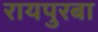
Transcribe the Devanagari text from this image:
रायपुरबा